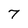
Character: 7